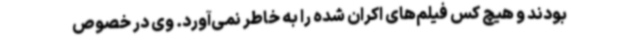
بودند و هیچ کس فیلم‌های اکران شده را به خاطر نمی‌آورد. وی در خصوص